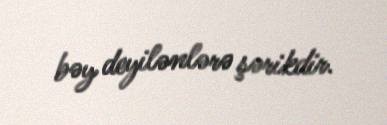
bəy deyilənlərə şərikdir.